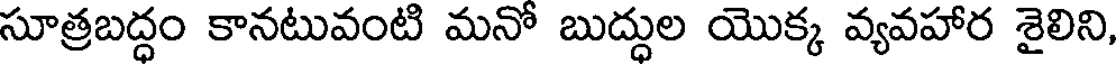
సూత్రబద్ధం కానటువంటి మనో బుద్ధుల యొక్క వ్యవహార శైలిని,